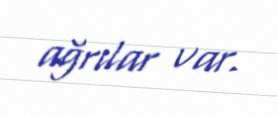
ağrılar var.